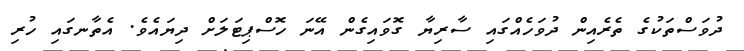
ދުވަސްތަކުގެ ތެރެއިން ދުވަހެއްގައި ސާރިޔާ ގޮވައިގެން އޭނަ ހޮސްޕިޓަލަށް ދިޔައެވެ. އެތާނގައި ހުރި